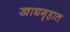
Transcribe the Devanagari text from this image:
खाद्यगृहात